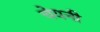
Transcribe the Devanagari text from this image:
चेयनी